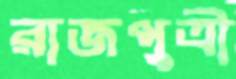
রাজপুত্রী